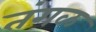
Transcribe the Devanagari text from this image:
तंगळ